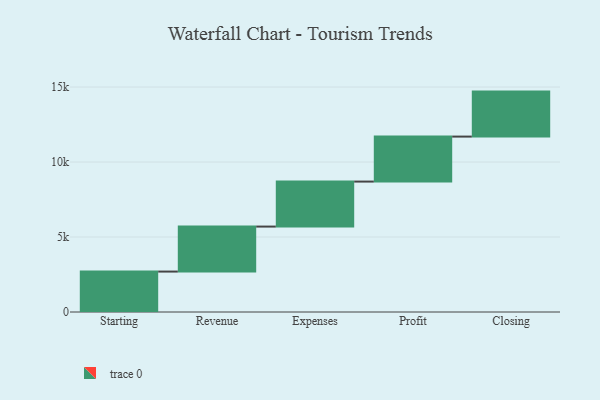
{"axis": {"x": "Step", "y": "Value"}, "legend": [""], "data": [{"x": "Starting", "y": 2696.0, "type": ""}, {"x": "Revenue", "y": 3000, "type": ""}, {"x": "Expenses", "y": 3000, "type": ""}, {"x": "Profit", "y": 3000, "type": ""}, {"x": "Closing", "y": 3000, "type": ""}]}